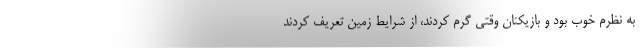
به نظرم خوب بود و بازیکنان وقتی گرم کردند، از شرایط زمین تعریف کردند